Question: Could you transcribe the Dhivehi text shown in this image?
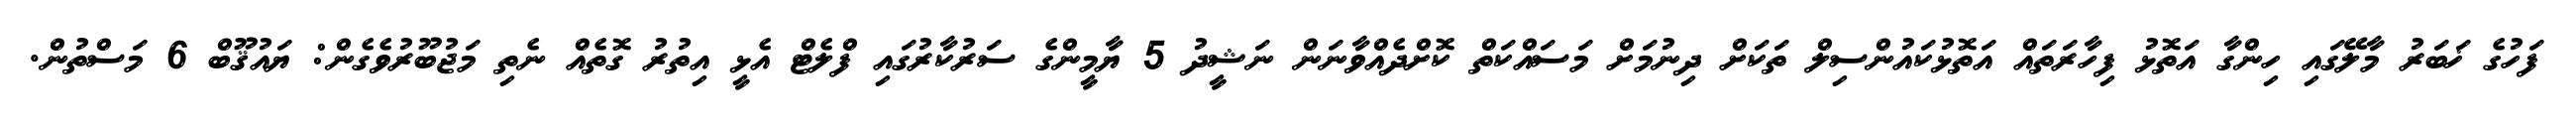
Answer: ފަހުގެ ޚަބަރު މާލޭގައި ހިންގާ އަތޮޅު ފިހާރަތައް އަތޮޅުކައުންސިލް ތަކަށް ދިނުމަށް މަސައްކަތް ކޮށްދެއްވާނަން ނަޝީދު 5 ޔާމީންގެ ސަރުކާރުގައި ފްލެޓް އެޅީ އިތުރު ގޮތެއް ނެތި މަޖުބޫރުވެގެން: ޔައުޤޫބް 6 މަސްތުން.